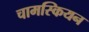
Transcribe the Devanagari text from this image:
चामस्कियन